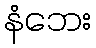
နံဘေး